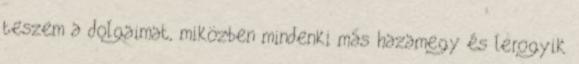
teszem a dolgaimat, miközben mindenki más hazamegy és lerogyik